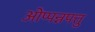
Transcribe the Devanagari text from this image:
ओप्पन्नपत्तु